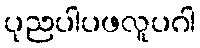
ပုညပါပဖလူပဂါ